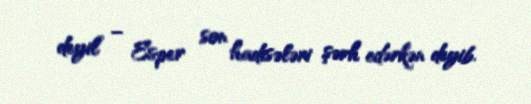
deyil” – Esper son hadisələri şərh edərkən deyib.